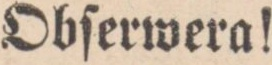
Obſerwera!